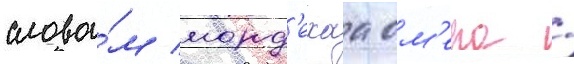
слова́м морд'ехаа ом'ера /